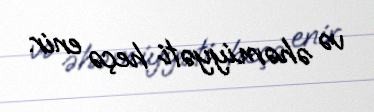
və əhəmiyyəti heçə enir.